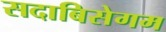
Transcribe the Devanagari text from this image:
सदाबिसेगम